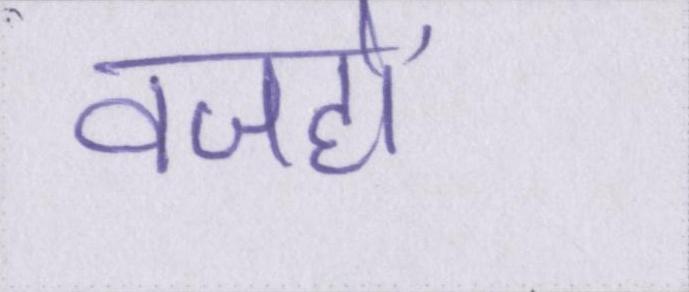
वजहों